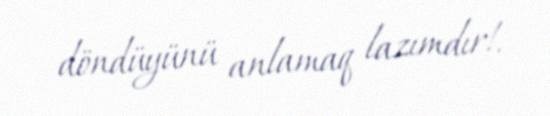
döndüyünü anlamaq lazımdır!.